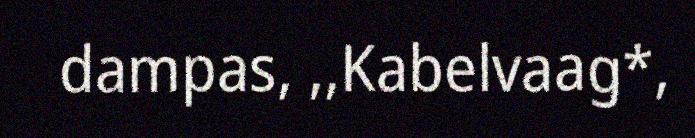
dampas, ,,Kabelvaag*,